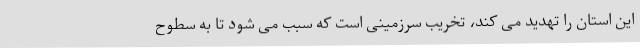
این استان را تهدید می کند، تخریب سرزمینی است که سبب می شود تا به سطوح